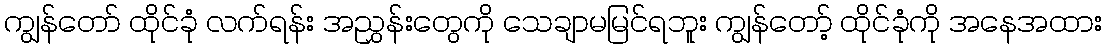
ကျွန်တော် ထိုင်ခုံ လက်ရန်း အညွှန်းတွေကို သေချာမမြင်ရဘူး ကျွန်တော့် ထိုင်ခုံကို အနေအထား